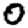
Digit: 0